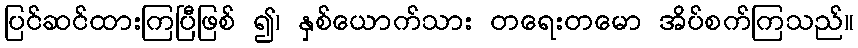
ပြင်ဆင်ထားကြပြီဖြစ် ၍၊ နှစ်ယောက်သား တရေးတမော အိပ်စက်ကြသည်။